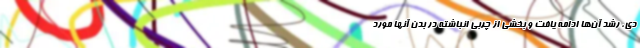
دی، رشد آن‌ها ادامه یافت و بخشی از چربی انباشته در بدن آنها مورد